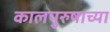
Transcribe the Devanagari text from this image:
कालपुरुषाच्या